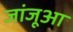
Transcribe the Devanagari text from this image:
जांजूआ